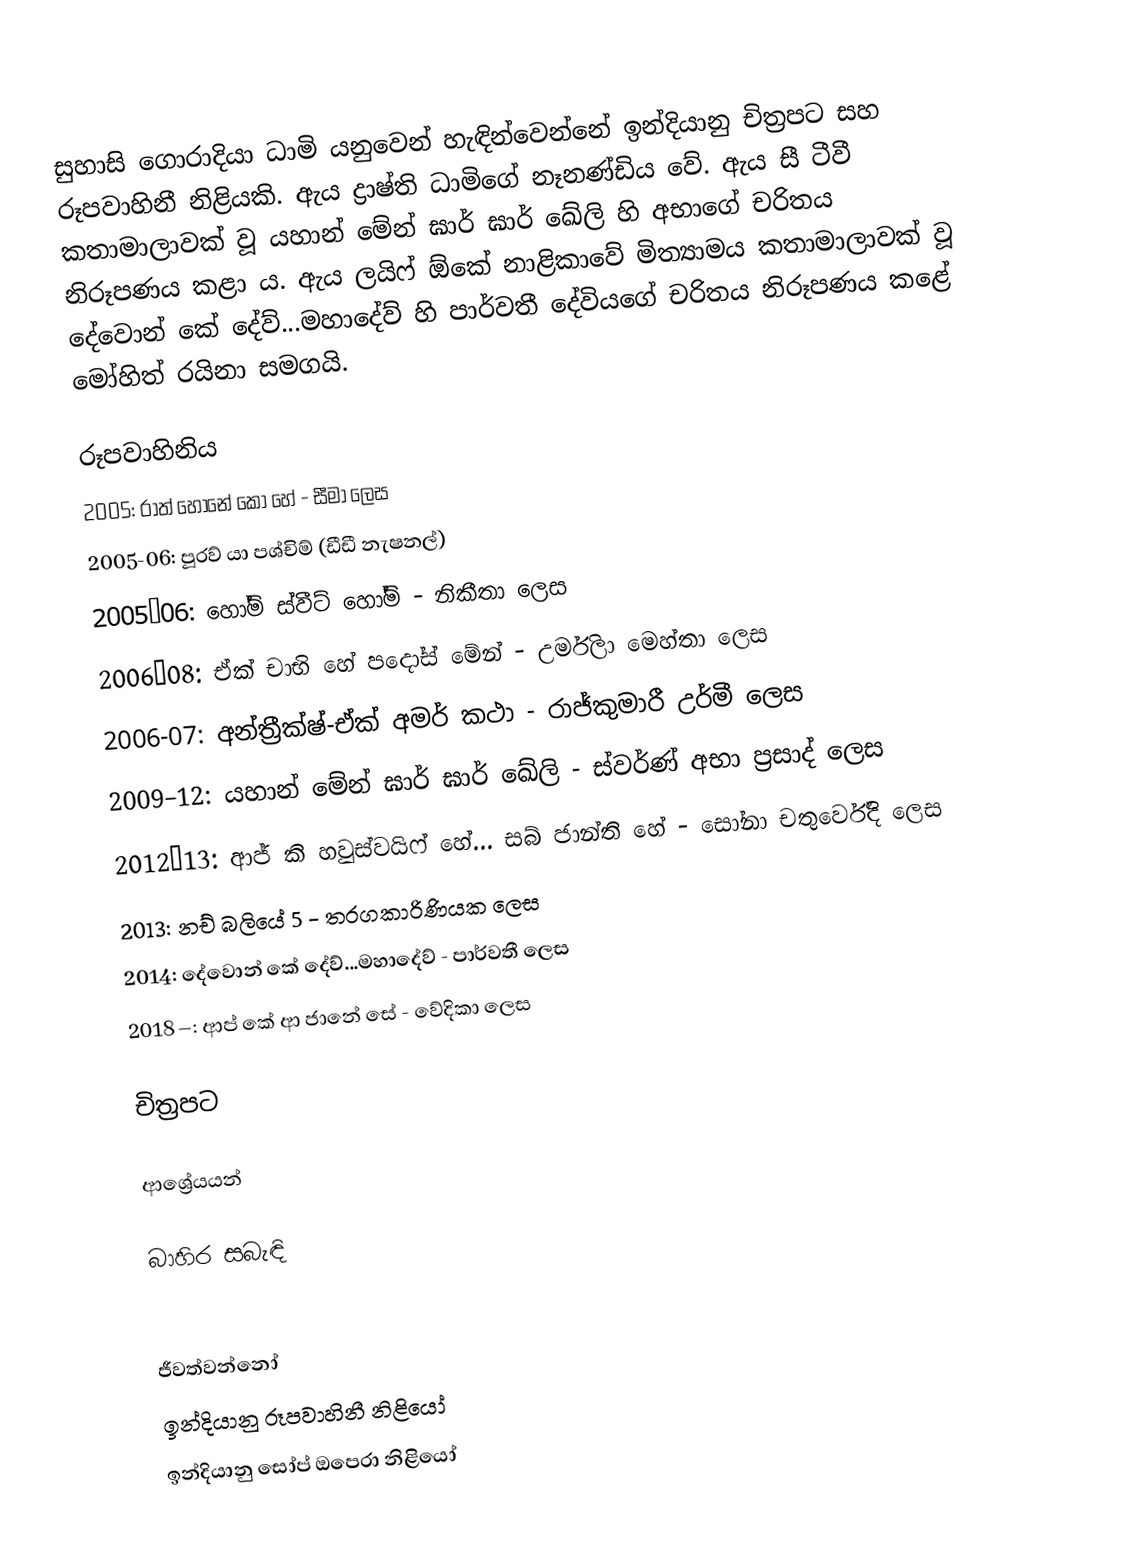
සුහාසි ගොරාදියා ධාමි යනුවෙන් හැඳින්වෙන්නේ ඉන්දියානු චිත්‍රපට සහ රූපවාහිනී නිළියකි. ඇය ද්‍රාෂ්ති ධාමිගේ නෑනණ්ඩිය වේ. ඇය සී ටීවී කතාමාලාවක් වූ යහාන් මේන් ඝාර් ඝාර් ඛේලි හි අභාගේ චරිතය නිරූපණය කළා ය. ඇය ලයිෆ් ඕකේ නාළිකාවේ මිත්‍යාමය කතාමාලාවක් වූ දේවොන් කේ දේව්...මහාදේව් හි පාර්වතී දේවියගේ චරිතය නිරූපණය කළේ මෝහිත් රයිනා සමගයි.

රූපවාහිනිය
2005: රාත් හොනේ කෝ හේ - සීමා ලෙස
2005-06: පූරව් ‍යා පශ්චිම් (ඩීඩී නැෂනල්)
2005–06: හෝම් ස්වීට් හෝම් - නිකීතා ලෙස
2006–08: ඒක් චාභි හේ පදෝස් මේන් - උර්මිලා මෙහ්තා ලෙස
2006-07: අන්ත්‍රීක්ෂ්-ඒක් අමර් කථා - රාජ්කුමාරී උර්මී ලෙස
2009–12: යහාන් මේන් ඝාර් ඝාර් ඛේලි - ස්වර්ණ් අභා ප්‍රසාද් ලෙස
2012–13: ආජ් කි හවුස්වයිෆ් හේ... සබ් ජාන්ති හේ - සෝනා චතුර්වේදි ලෙස
2013: නච් බලියේ 5 - තරගකාරිණියක ලෙස
2014: දේවොන් කේ දේව්...මහාදේව් - පාර්වතී ලෙස
2018–: ආප් කේ ආ ජානේ සේ - වේදිකා ලෙස

චිත්‍රපට

ආශ්‍රේයයන්

බාහිර සබැඳි

ජීවත්වන්නෝ
ඉන්දියානු රූපවාහිනී නිළියෝ
ඉන්දියානු සෝප් ඔපෙරා නිළියෝ